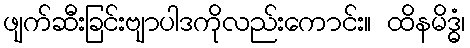
ဖျက်ဆီးခြင်းဗျာပါဒကိုလည်းကောင်း။ ထိနမိဒ္ဓံ၊